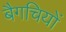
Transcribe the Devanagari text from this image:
बैगचियों